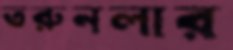
তরুনলার